Report on sanitation, dispensaries, and jails in Rajputana for 1918, and on vaccination for the year 1918-1919 - 1918-1919
Year: 1918
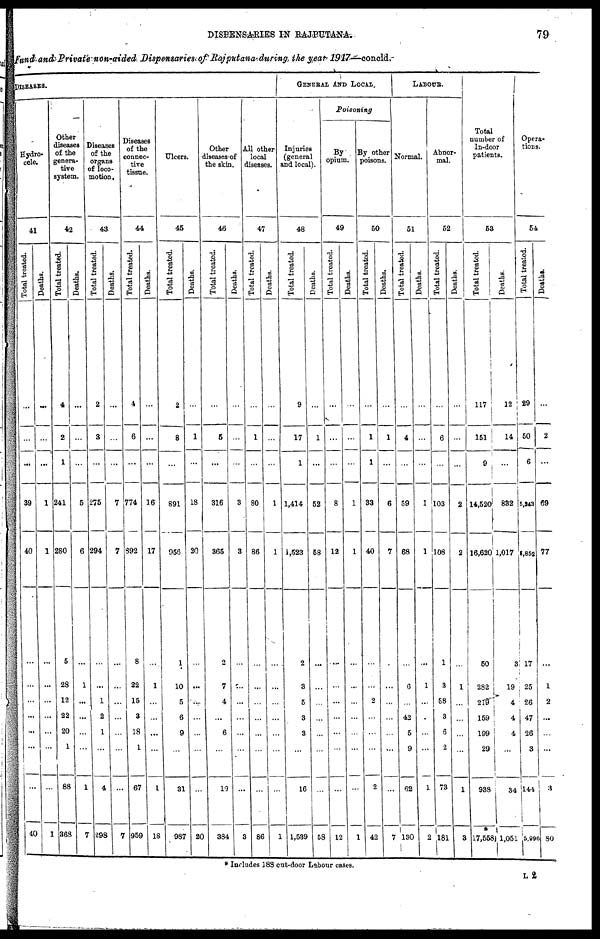
DISPENSARIES IN RAJPUTANA.
79
Fund and Private non-aided Dispensaries of Rajputana during the year 1917—concld.
DISEASES.
Hydro-
cele.
41
Total treated.
...
...
...
39
40
...
...
...
...
...
...
...
40
Deaths.
...
...
...
1
1
...
...
...
...
...
...
...
1
Other
diseases
of the
genera¬
----
system.
42
Total treated.
4
2
1
241
280
5
28
12
22
20
1
88
368
Deaths.
...
...
...
5
6
...
1
...
...
...
...
1
7
Diseases
of the
organs
of loco-
motion .
43
Total treated.
2
3
...
275
294
...
...
1
2
1
...
4
298
Deaths.
...
...
...
7
7
...
...
...
...
...
...
...
7
Diseases
of the
connec-
tive
tissue.
44
Total treated.
4
6
...
774
892
8
22
15
3
18
1
67
959
Deaths.
...
...
...
16
17
...
1
...
...
...
...
1
18
Ulcers.
45
Total treated.
2
8
...
891
956
1
10
5
6
9
...
31
987
Deaths.
...
1
...
18
20
...
...
...
...
...
...
...
20
Other
diseases of
the skin.
46
Total treated.
...
5
...
316
365
2
7
4
...
6
...
19
384
Deaths.
...
...
...
3
3
...
...
...
...
...
...
...
3
All other
local
diseases.
47
Total treated.
...
1
...
80
86
...
...
...
...
...
...
...
86
Deaths.
...
...
...
1
1
...
...
...
...
...
...
...
1
GENERAL AND LOCAL.
Injuries
(general
and local).
48
Total treated.
9
17
1
1,414
1,523
2
3
5
3
3
...
16
1,539
Deaths.
...
1
...
52
58
...
...
...
...
...
...
...
58
Poisoning
By
opium.
49
Total treated.
...
...
...
8
12
...
...
...
...
...
...
...
12
Deaths.
...
...
...
1
1
...
...
...
...
...
...
...
1
By other
poisons.
50
Total treated.
...
1
1
33
40
...
...
2
...
...
...
2
42
Deaths.
...
1
...
6
7
...
...
...
...
...
...
...
7
LABOUR.
Normal.
51
Total treated.
...
4
...
59
68
...
6
...
42
5
9
62
130
Deaths.
...
...
...
1
1
...
1
...
...
...
...
1
2
Abnor-
mal.
52
Total treated.
...
6
...
103
108
1
3
58
3
6
2
73
181
Deaths.
...
...
2
2
...
1
...
...
...
...
1
3
Total
number of
In-door
patients.
53
Total treated.
117
151
9
14,520
16,620
50
282
219
159
199
29
938
*
17,558
Deaths.
12
14
...
832
1,017
3
19
4
4
4
...
34
1,051
Opera¬
tions.
54
Total treated.
29
50
6
5,243
5,852
17
25
26
47
26
3
144
5,906
Deaths.
...
2
...
69
77
...
1
2
...
...
...
3
80
* Includes 188 out-door Labour cases.
L2